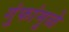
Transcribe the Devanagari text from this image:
गुंफांमुळे